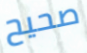
صحيح